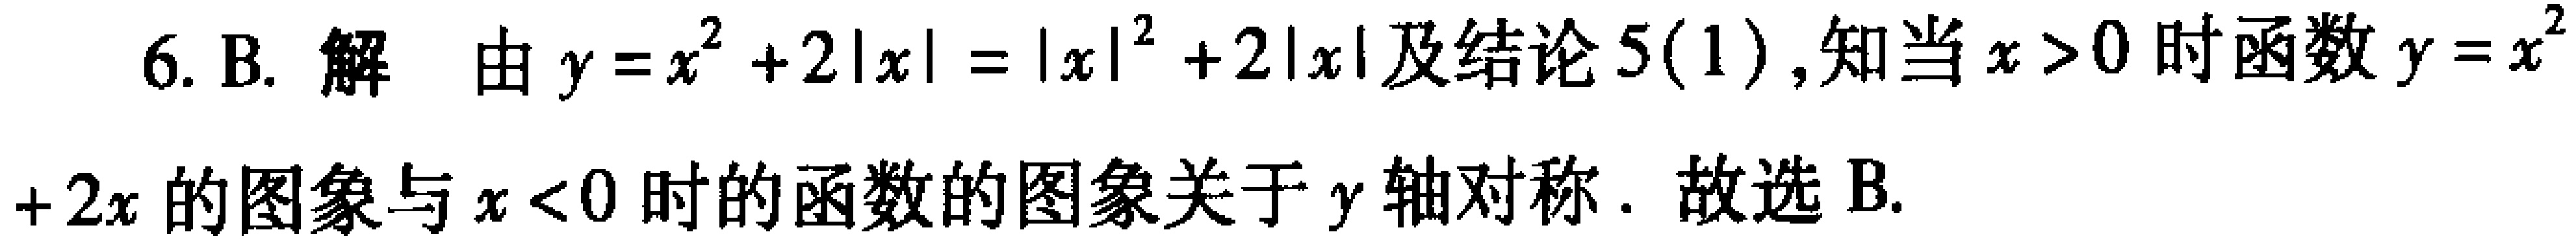
6. B. 解 由\(y = x^{2}+2|x| = |x|^{2}+2|x|\)及结论5(1), 知当\(x > 0\)时函数\(y = x^{2}+2x\)的图象与\(x < 0\)时的函数的图象关于\(y\)轴对称. 故选B.